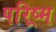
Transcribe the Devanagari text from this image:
परिष्र्म